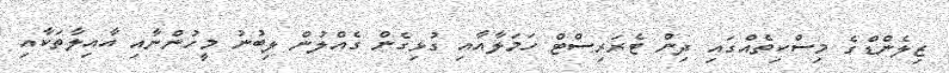
ޒިލެންޑްގެ މިސްކިތެއްގައި ދިން ޓެރަރިސްޓް ހަމަލާއާއި ގުޅިގެން ގެއްލުން ލިބުނު މީހުންނާއި އާއިލާތަކާއި